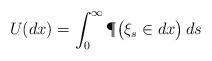
LaTeX: \begin{align*}U(dx)=\int_0^\infty \P\big(\xi_s\in dx\big)\,ds\end{align*}